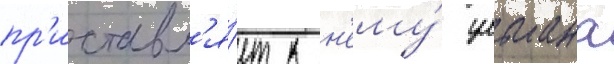
пр'иставл'я́ет к н'ему́ ульмана